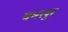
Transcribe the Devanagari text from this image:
चमरपुर